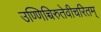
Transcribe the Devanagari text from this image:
उण्णिच्चिरुतेवीचरितम्